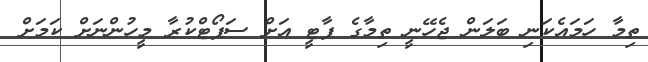
ތިމާ ހަމައެކަނި ބަލަން ޖެހޭނީ ތިމާގެ ޕާޓީ އަށް ސަޕޯޓްކުރާ މީހުންނަށް ކަމަށް